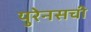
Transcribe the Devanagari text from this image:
युरेनसची